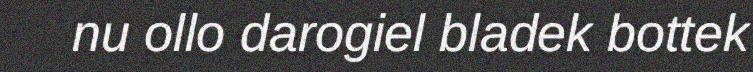
nu ollo darogiel bladek bottek